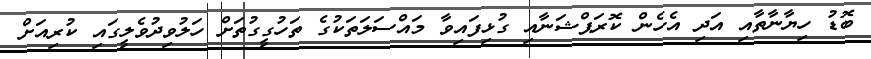
ބޮޑު ހިޔާނާތާއި އަދި އެހެން ކޮރަޕްޝަނާއި ގުޅިފައިވާ މައްސަލަތަކުގެ ތަހުގީގުތަށް ހަލުވިދުވެލީގައި ކުރިއަށް